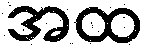
အထ